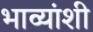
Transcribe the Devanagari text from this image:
भाव्यांशी